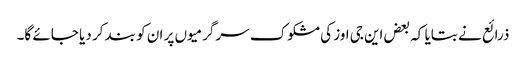
ذرائع نے بتایا کہ بعض این جی اوز کی مشکوک سرگرمیوں پر ان کو بند کر دیا جائے گا۔